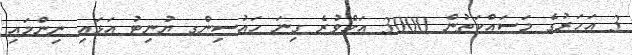
3 އަހަރުގެ މަސައްކަތުން 3000 އަށްވުރެ ގިނަ ހައުސިންގ ޔުނިޓު އަޅައި ނިންމައި